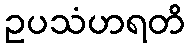
ဥပသံဟရတိ